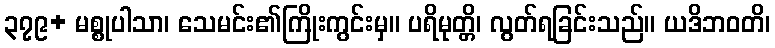
၃၇၉+ မစ္စုပါသာ၊ သေမင်း၏ကြိုးကွင်းမှ။ ပရိမုတ္တိ၊ လွတ်ရခြင်းသည်။ ယဒိဘဝတိ၊